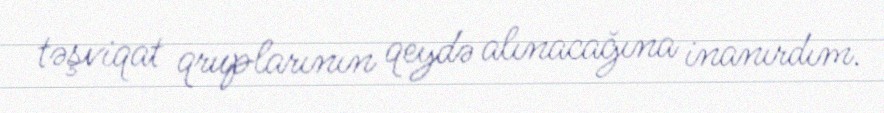
təşviqat qruplarının qeydə alınacağına inanırdım.